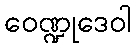
ဝေဏ္ဍုဒေဝါ